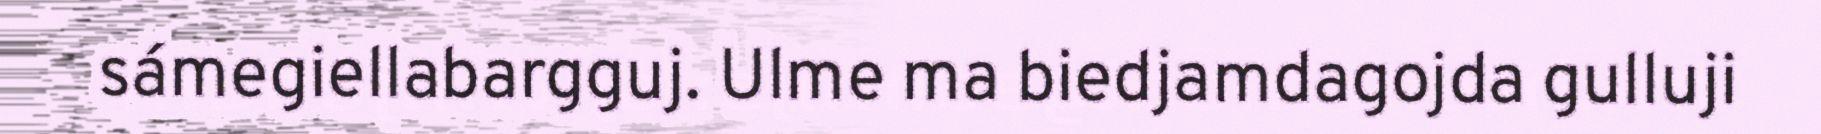
sámegiellabargguj. Ulme ma biedjamdagojda gulluji